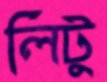
লিটু